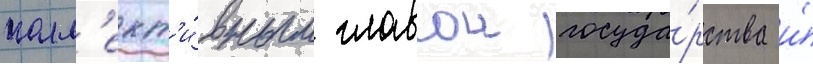
колл'ект'и́вным главои госуда́рства и́